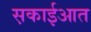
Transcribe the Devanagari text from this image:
स़काईआत